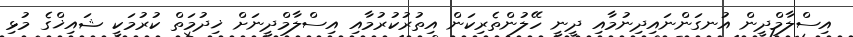
އިސްލާމްދީން އުނގަންނައިދިނުމާއި ދީނީ ހޭލުންތެރިކަން އިތުރުކުރުމާއި އިސްލާމްދީނަށް ޚިދުމަތް ކުރުމަކީ ޝައިޚްގެ މުޅި